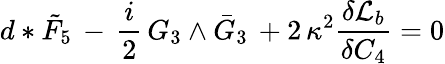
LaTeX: d*\tilde{F}_{5}\, -\, \frac{i}{2}\, G_{3}\wedge\bar{G}_{3}\, +2\, \kappa^{2}\frac{\delta{\cal L}_{b}}{\delta C_{4}}=0